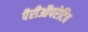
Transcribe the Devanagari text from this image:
पैरीऑपरेटिव